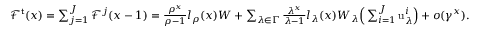
\begin{array} { r } { \mathcal { F } ^ { \mathsf { t } } ( x ) = \sum _ { j = 1 } ^ { J } \mathcal { F } ^ { j } ( x - 1 ) = \frac { \rho ^ { x } } { \rho - 1 } l _ { \rho } ( x ) W + \sum _ { \lambda \in \Gamma } \frac { \lambda ^ { x } } { \lambda - 1 } l _ { \lambda } ( x ) W _ { \lambda } \Big ( \sum _ { i = 1 } ^ { J } \mathrm { u } _ { \lambda } ^ { i } \Big ) + o ( \gamma ^ { x } ) . } \end{array}